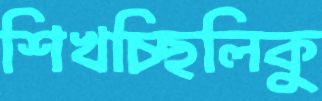
শিখচ্ছিলিকু